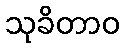
သုခိတာဝ